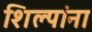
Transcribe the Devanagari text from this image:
शिल्पांना